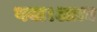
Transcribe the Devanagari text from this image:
गया।आत्म